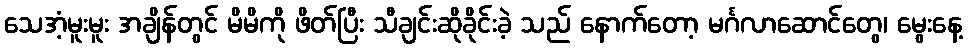
သေအံ့မူးမူး အချိန်တွင် မိမိကို ဖိတ်ပြီး သီချင်းဆိုခိုင်းခဲ့ သည် နောက်တော့ မင်္ဂလာဆောင်တွေ၊ မွေးနေ့